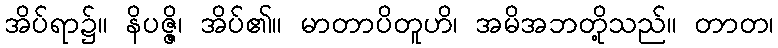
အိပ်ရာ၌။ နိပဇ္ဇိ၊ အိပ်၏။ မာတာပိတူဟိ၊ အမိအဘတို့သည်။ တာတ၊